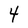
Character: 4